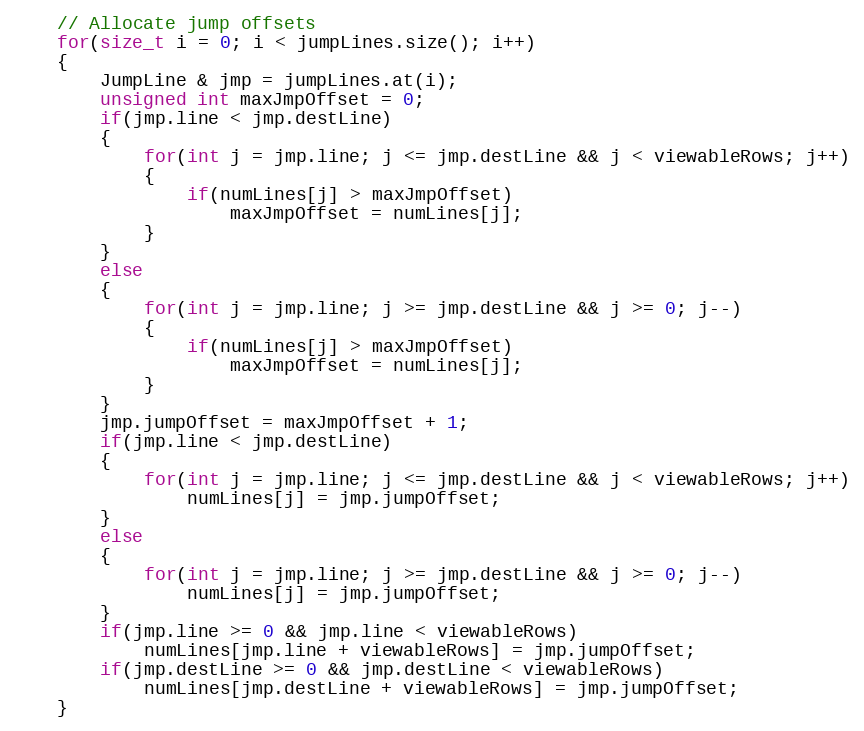
Language: C++
    // Allocate jump offsets
    for(size_t i = 0; i < jumpLines.size(); i++)
    {
        JumpLine & jmp = jumpLines.at(i);
        unsigned int maxJmpOffset = 0;
        if(jmp.line < jmp.destLine)
        {
            for(int j = jmp.line; j <= jmp.destLine && j < viewableRows; j++)
            {
                if(numLines[j] > maxJmpOffset)
                    maxJmpOffset = numLines[j];
            }
        }
        else
        {
            for(int j = jmp.line; j >= jmp.destLine && j >= 0; j--)
            {
                if(numLines[j] > maxJmpOffset)
                    maxJmpOffset = numLines[j];
            }
        }
        jmp.jumpOffset = maxJmpOffset + 1;
        if(jmp.line < jmp.destLine)
        {
            for(int j = jmp.line; j <= jmp.destLine && j < viewableRows; j++)
                numLines[j] = jmp.jumpOffset;
        }
        else
        {
            for(int j = jmp.line; j >= jmp.destLine && j >= 0; j--)
                numLines[j] = jmp.jumpOffset;
        }
        if(jmp.line >= 0 && jmp.line < viewableRows)
            numLines[jmp.line + viewableRows] = jmp.jumpOffset;
        if(jmp.destLine >= 0 && jmp.destLine < viewableRows)
            numLines[jmp.destLine + viewableRows] = jmp.jumpOffset;
    }